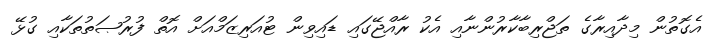
އެގޮތުން މިދާއިރާގެ ތަޖްރިބާކާރުންނާއި އެކު ރާއްޖޭގައި ޑައިވިން ޓުއަރިޒަމްއަށް އޮތް ފުރުޞަތުތަކާއި ގުޅޭ